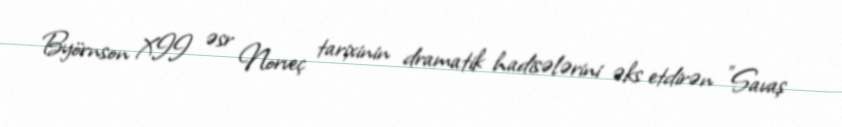
Byörnson XII əsr Norveç tarixinin dramatik hadisələrini əks etdirən "Savaş